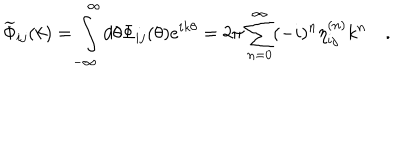
LaTeX: \widetilde { \Phi } _ { i j } ( k ) = \int _ { - \infty } ^ { \infty } d \theta \Phi _ { i j } ( \theta ) e ^ { i k \theta } = 2 \pi \sum _ { n = 0 } ^ { \infty } ( - i ) ^ { n } \eta _ { i j } ^ { ( n ) } k ^ { n } \quad .